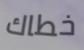
خطاك